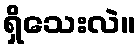
ရှိသေးလဲ။